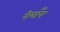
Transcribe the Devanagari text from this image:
रीलाँच